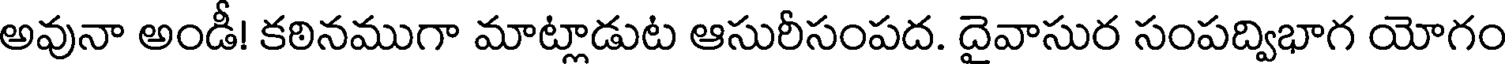
అవునా అండీ! కఠినముగా మాట్లాడుట ఆసురీసంపద. దైవాసుర సంపద్విభాగ యోగం